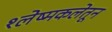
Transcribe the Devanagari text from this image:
श्लेष्मकलेतून